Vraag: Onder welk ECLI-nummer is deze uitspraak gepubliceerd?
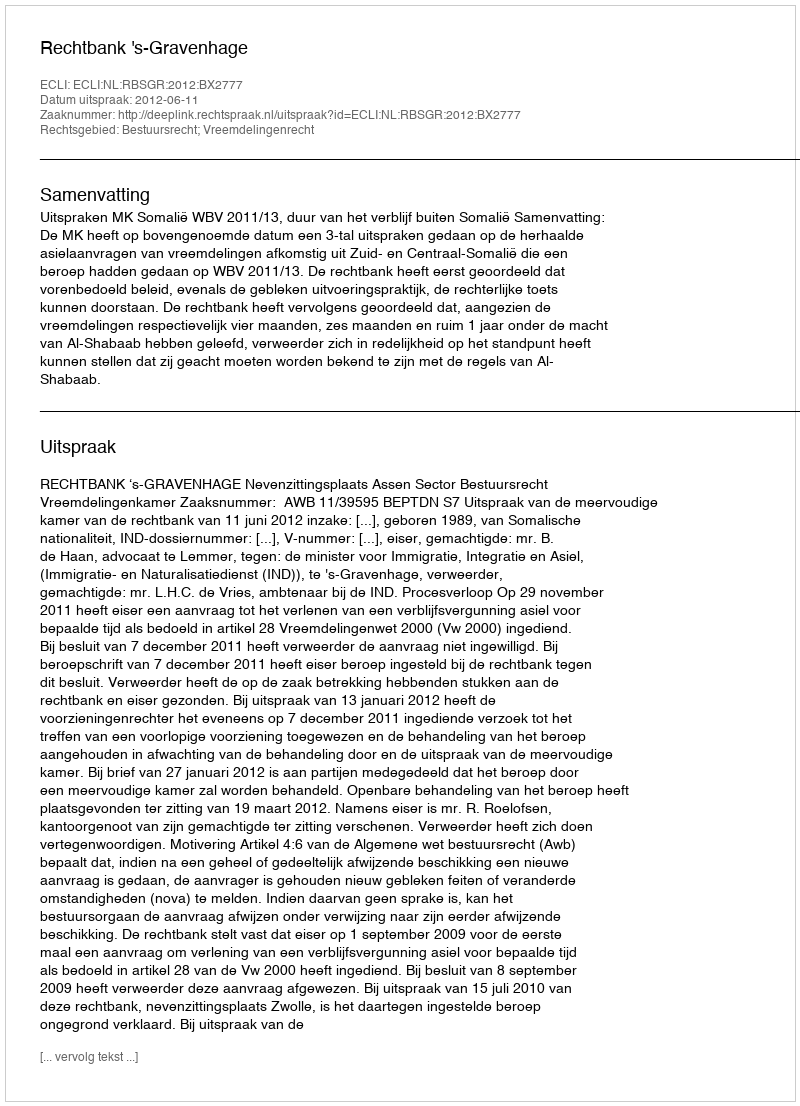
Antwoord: ECLI:NL:RBSGR:2012:BX2777